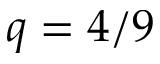
q = 4 / 9